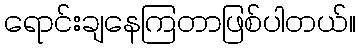
ရောင်းချနေကြတာဖြစ်ပါတယ်။